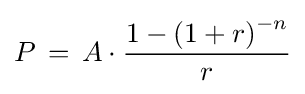
P\,=\,A\cdot {\frac {1-\left({1+r}\right)^{-n}}{r}}